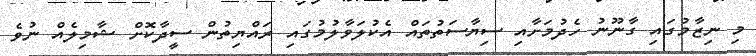
މި ނިޒާމުގައި ގާނޫނު ހެދުމަށާއި ސިޔާސަތުތައް އެކުލަވާލުމުގައި ރައްޔިތުން ސީދާކޮށް ޝާމިލެއް ނުވެ